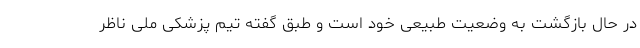
در حال بازگشت به وضعیت طبیعی خود است و طبق گفته تیم پزشکی ملی ناظر